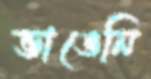
ভাঙেনি